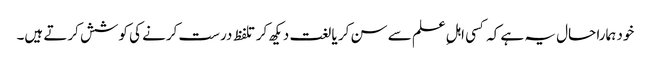
خود ہمارا حال یہ ہے کہ کسی اہلِ علم سے سن کر یا لغت دیکھ کر تلفظ درست کرنے کی کوشش کرتے ہیں۔